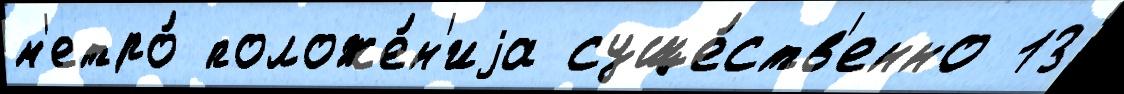
м'етро́ положе́н'иjа суще́ств'енно 13